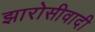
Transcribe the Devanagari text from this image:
झारोसीवादी